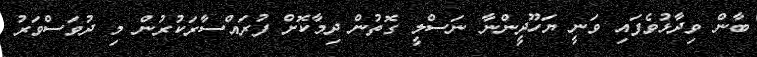
ބާން ވިދާޅުވެފައި ވަނީ ޔަހޫދީންނާ ނަސްލީ ގޮތުން ދިމާކޮށް ފުރައްސާރަކުރުން މި ދުވަސްވަރު